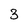
Character: 3